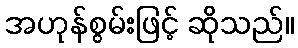
အဟုန်စွမ်းဖြင့် ဆိုသည်။